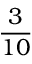
\frac { 3 } { 1 0 }